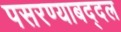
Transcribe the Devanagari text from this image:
पसरण्याबद्दल